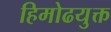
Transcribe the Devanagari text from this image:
हिमोढयुक्त